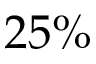
2 5 \%